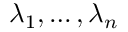
\lambda _ { 1 } , \ldots , \lambda _ { n }